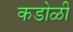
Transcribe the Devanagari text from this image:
कडोळी